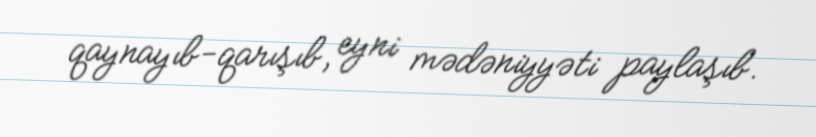
qaynayıb-qarışıb, eyni mədəniyyəti paylaşıb.